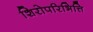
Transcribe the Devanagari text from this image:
शिरोपरिभित्ति